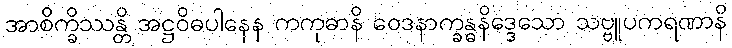
အာစိက္ခိဿန္တိ အဋ္ဌဝိဓပါနေန ကကုဓာနိ ဝေဒနာက္ခန္ဓနိဒ္ဒေသော သဗ္ဗူပကရဏာနိ